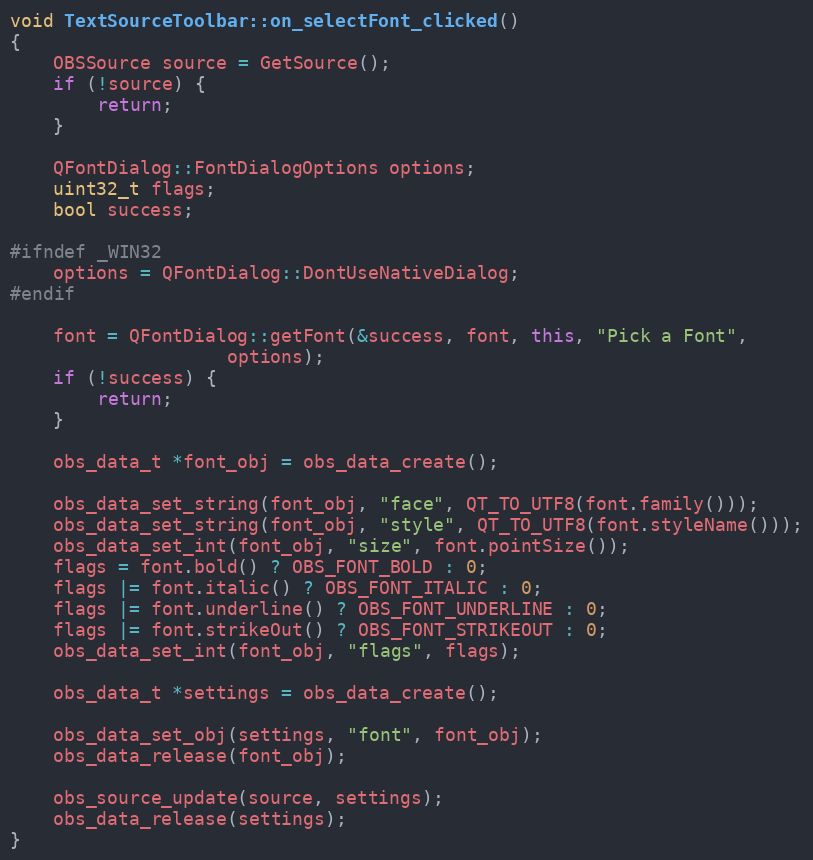
Language: C++
void TextSourceToolbar::on_selectFont_clicked()
{
	OBSSource source = GetSource();
	if (!source) {
		return;
	}

	QFontDialog::FontDialogOptions options;
	uint32_t flags;
	bool success;

#ifndef _WIN32
	options = QFontDialog::DontUseNativeDialog;
#endif

	font = QFontDialog::getFont(&success, font, this, "Pick a Font",
				    options);
	if (!success) {
		return;
	}

	obs_data_t *font_obj = obs_data_create();

	obs_data_set_string(font_obj, "face", QT_TO_UTF8(font.family()));
	obs_data_set_string(font_obj, "style", QT_TO_UTF8(font.styleName()));
	obs_data_set_int(font_obj, "size", font.pointSize());
	flags = font.bold() ? OBS_FONT_BOLD : 0;
	flags |= font.italic() ? OBS_FONT_ITALIC : 0;
	flags |= font.underline() ? OBS_FONT_UNDERLINE : 0;
	flags |= font.strikeOut() ? OBS_FONT_STRIKEOUT : 0;
	obs_data_set_int(font_obj, "flags", flags);

	obs_data_t *settings = obs_data_create();

	obs_data_set_obj(settings, "font", font_obj);
	obs_data_release(font_obj);

	obs_source_update(source, settings);
	obs_data_release(settings);
}